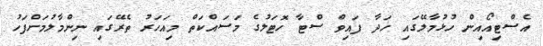
އެސްޓިއޯއިން ހުޅުމާލޭގައި ހަދާ ފައިވް ސްޓާ ހޮޓަލުގެ މަސައްކަތް މިއަހަރު ތެރޭގައި ނިންމާލުމަށްފަހު